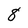
Character: 8